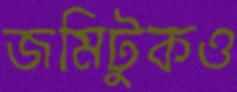
জমিটুকও